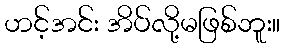
ဟင့်အင်း အိပ်လို့မဖြစ်ဘူး။